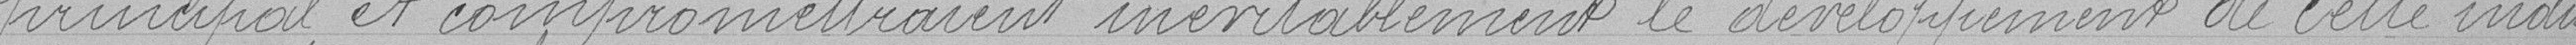
principal et compromettraient inévitablement le développement de cette indus-